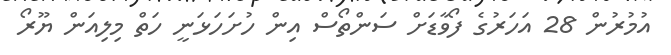
އުމުރުން 28 އަހަރުގެ ފޯވާޑަށް ސަންތޯސް އިން ހުށަހަޅަނީ ހަތް މިލިއަން ޔޫރޯ